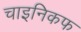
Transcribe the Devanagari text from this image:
चाइनिकफ